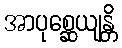
အာပုစ္ဆေယျန္တိ